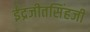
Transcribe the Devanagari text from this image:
ईंद्रजीतसिंहजी